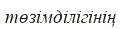
төзімділігінің